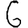
Digit: 6